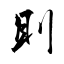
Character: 刞